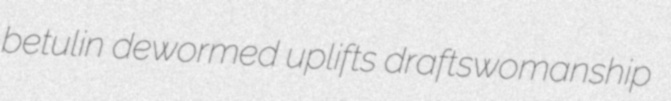
betulin dewormed uplifts draftswomanship